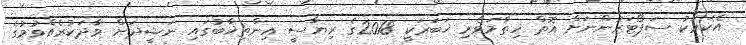
އެކަމަކު ސަޕޯޓަރުންނަށް އޮތް ހިތާމަވެރި ޚަބަރަކީ 2018ގެ ރިޔާސީ އިންތިޚާބުގައި ނަޝީދަށް ވާދަކުރެއްވުމުގެ